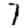
Digit: 7